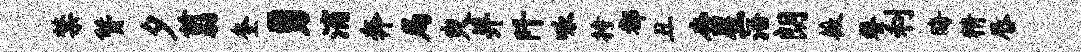
禁赞夕翦奎勇滴奔局臾并阡咏持都丑杏星浯朗薇餐利晦精唇